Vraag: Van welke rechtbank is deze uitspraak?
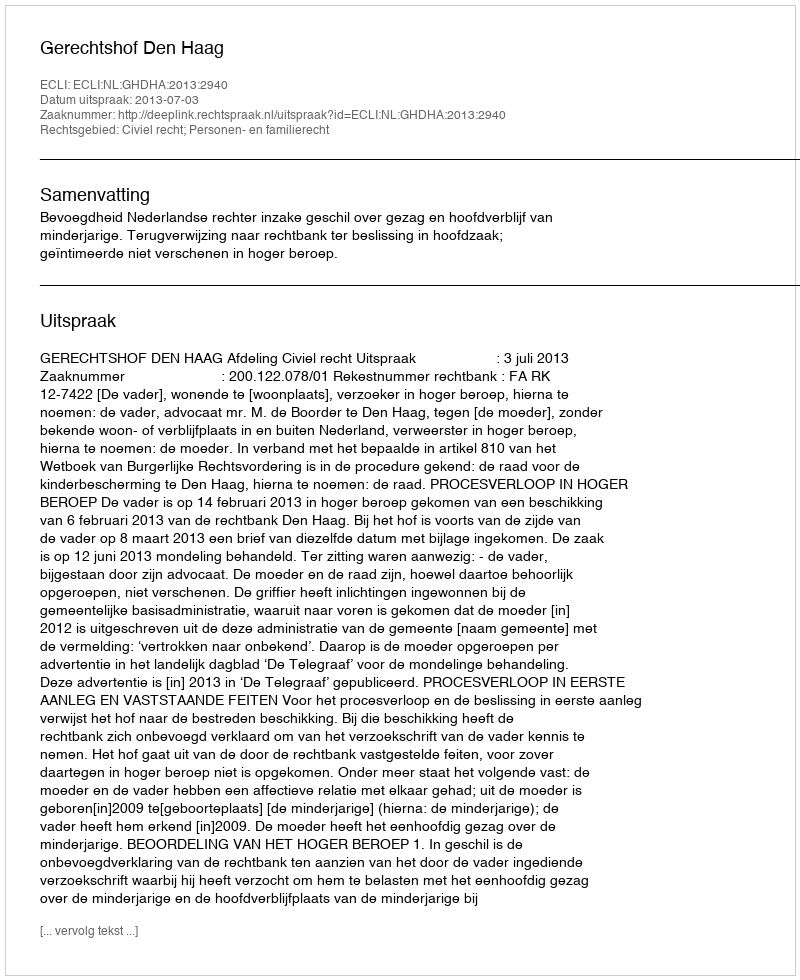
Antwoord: Gerechtshof Den Haag